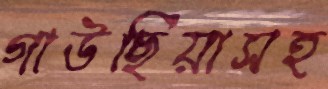
গাউছিয়াসহ